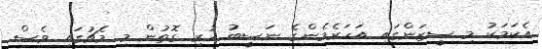
އެކަމަކު މި ސީޒަންގައި އަހަރެެމެންގެ ނަސީބު ހުރި ގޮތުން މި މެޗުގައި ވެސް